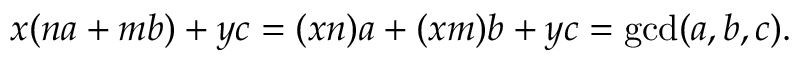
x ( n a + m b ) + y c = ( x n ) a + ( x m ) b + y c = \operatorname* { g c d } ( a , b , c ) .